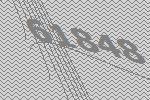
61848